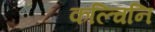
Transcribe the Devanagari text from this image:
कल्चिनि